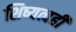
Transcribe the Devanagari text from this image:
शिष्यत्वही